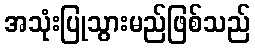
အသုံးပြုသွားမည်ဖြစ်သည်